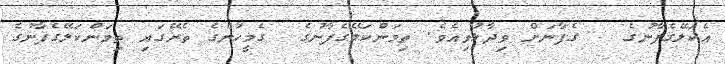
އެކަލޭގެފާނުގެ   ގެފާނަށް ވިދާޅުވިއެވެ. ތިމަންކަލޭގެފާނުގެ  ގެމީހުންގެ ތެރޭގައި ތިމަންކަލޭގެފާނުގެ